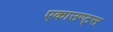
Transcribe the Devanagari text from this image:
एकाउण्‍ट्स